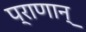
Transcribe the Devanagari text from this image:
प्राणान्